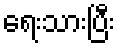
ရေးသားပြီး